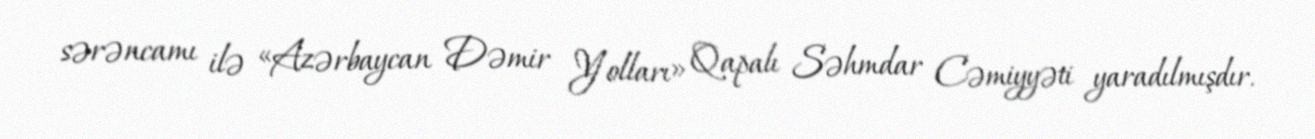
sərəncamı ilə «Azərbaycan Dəmir Yolları» Qapalı Səhmdar Cəmiyyəti yaradılmışdır.